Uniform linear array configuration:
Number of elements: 4
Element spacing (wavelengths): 0.75
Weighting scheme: hann
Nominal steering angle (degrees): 60
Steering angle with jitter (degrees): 60.846
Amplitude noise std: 0.05
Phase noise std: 0.05

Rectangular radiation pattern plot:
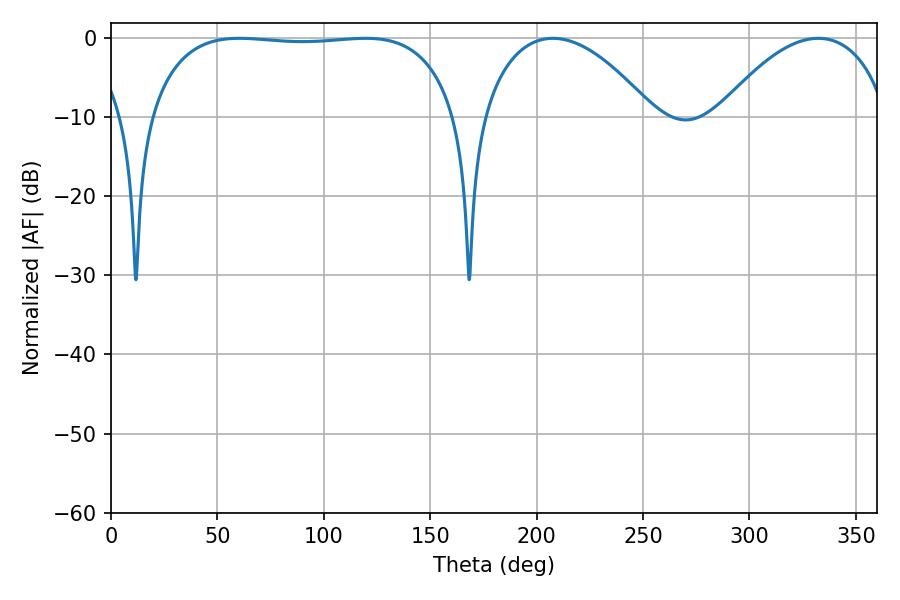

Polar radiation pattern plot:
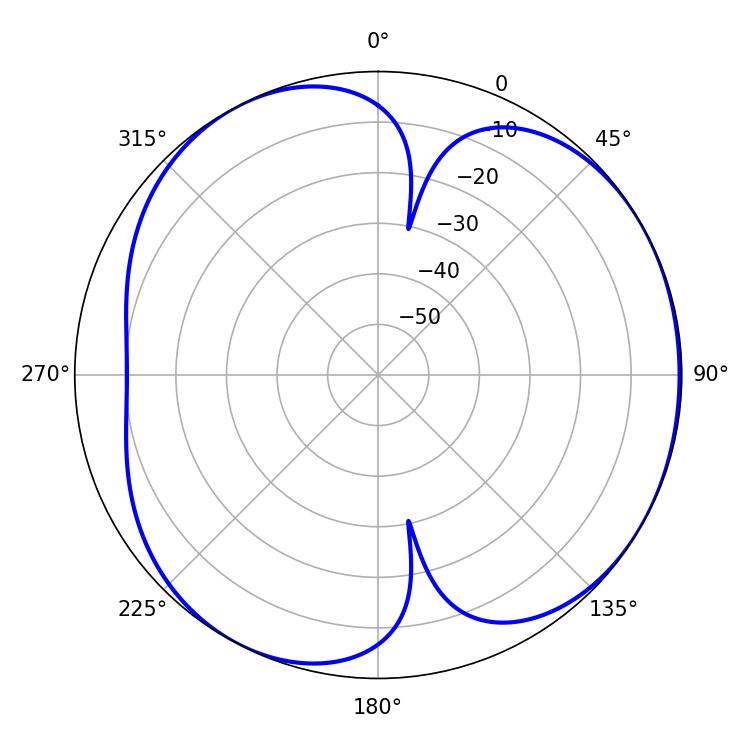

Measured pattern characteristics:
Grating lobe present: TRUE
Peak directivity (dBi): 4.428
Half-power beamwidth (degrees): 115.2
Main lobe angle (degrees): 60.3